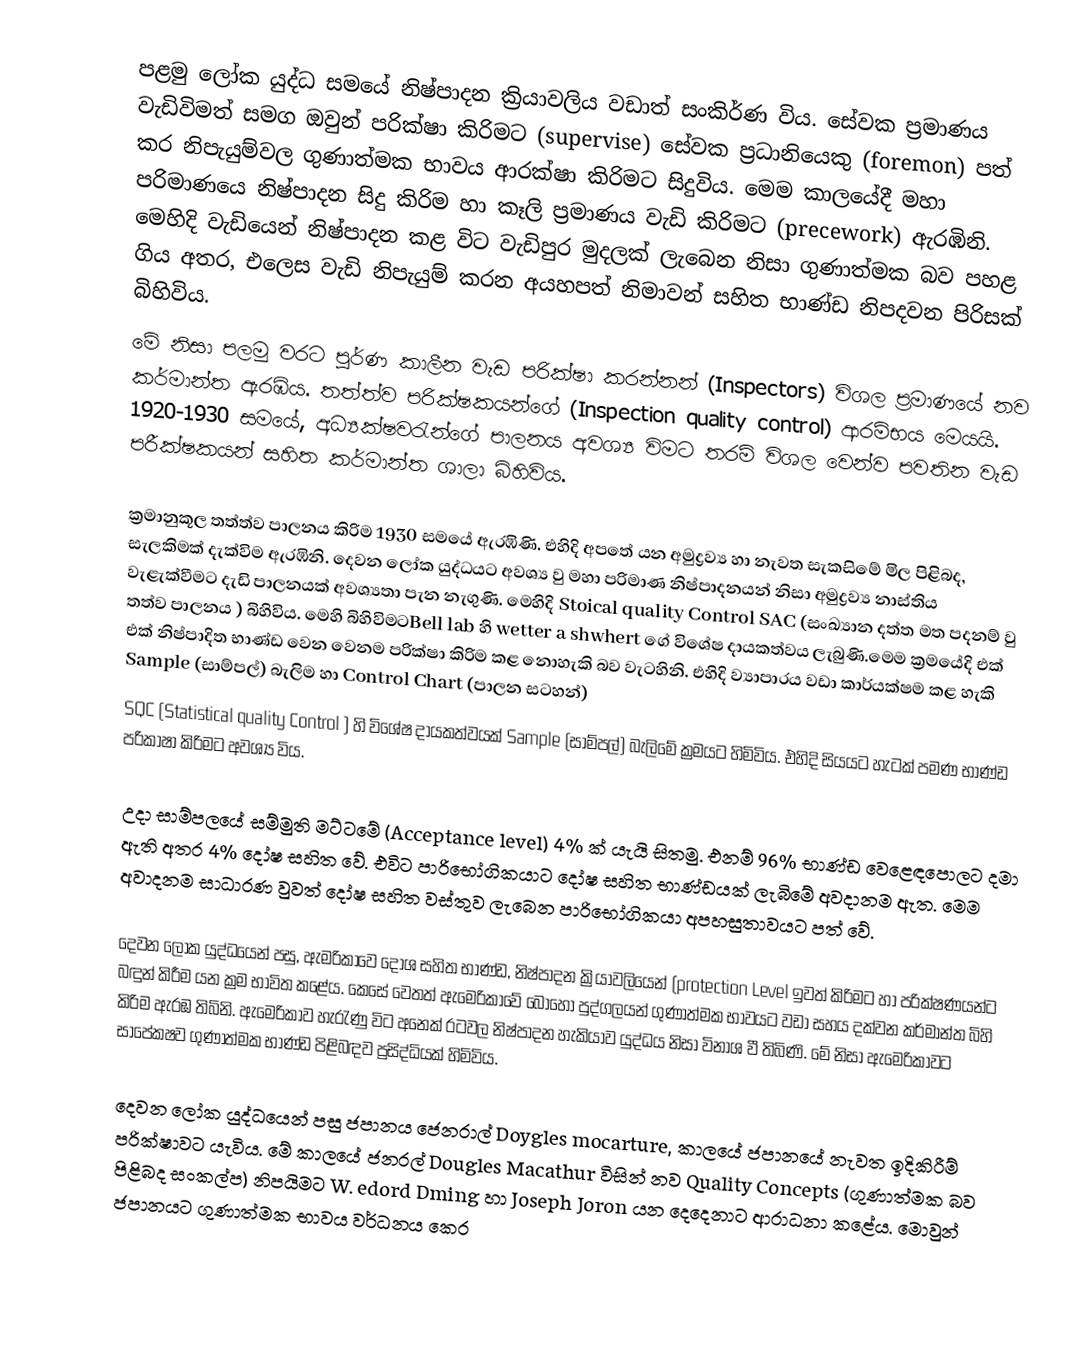
පළමු ලෝක යුද්ධ සමයේ නිෂ්පාදන ක්‍රියාවලිය වඩාත් සංකිර්ණ විය. සේවක ප්‍රමාණය වැඩිවිමත් සමග ඔවුන් පරික්ෂා කිරිමට (supervise) සේවක ප්‍රධානියෙකු (foremon) පත් කර නිපැයුම්වල ගුණාත්මක භාවය ආරක්ෂා කිරිමට සිදුවිය. මෙම කාලයේදී මහා පරිමාණයෙ නිෂ්පාදන සිදු කිරිම හා කෑලි ප්‍රමාණය වැඩි කිරිමට (precework) ඇරඹිනි. මෙහිදි වැඩියෙන් නිෂ්පාදන කළ විට වැඩිපුර මුදලක් ලැබෙන නිසා ගුණාත්මක බව පහළ ගිය අතර, එලෙස වැඩි නිපැයුම් කරන අයහපත් නිමාවන් සහිත භාණ්ඩ නිපදවන පිරිසක් බිහිවිය.
මේ නිසා පලමු වරට පුර්ණ කාලීන වැඩ පරික්ෂා කරන්නන් (Inspectors) විශල ප්‍රමාණයේ නව කර්මාන්ත ඇරඹිය. තත්ත්ව පරික්ෂකයන්ගේ (Inspection quality control) ආරම්භය මෙයයි. 1920-1930 සමයේ, අධ්‍යක්ෂවරැන්ගේ පාලනය අවශ්‍ය විමට තරම් විශල වෙන්ව පවතින වැඩ පරීක්ෂකයන් සහිත කර්මාන්ත ශාලා බිහිවිය.

ක්‍රමානුකූල තත්ත්ව පාලනය කිරිම 1930 සමයේ ඇරඹිණි. එහිදි අපතේ යන අමුද්‍රව්‍ය හා නැවත සැකසිමේ මිල පිළිබද, සැලකිමක් දැක්විම ඇරඹිනි. දෙවන ලෝක යුද්ධයට අවශ්‍ය වු මහා පරිමාණ නිෂ්පාදනයන් නිසා අමුද්‍රව්‍ය නාස්තිය වැළැක්වීමට දැඩි පාලනයක් අවශ්‍යතා පැන නැගුණි. මෙහිදි Stoical quality Control SAC (සංඛ්‍යාන දත්ත මත පදනම් වු තත්ව පාලනය ) බිහිවිය. මෙහි බිහිවිමටBell lab හි wetter a shwhert ගේ විශේෂ දායකත්වය ලැබුණි.මෙම ක්‍රමයේදි එක් එක් නිෂ්පාදිත භාණ්ඩ වෙන වෙනම පරික්ෂා කිරිම කළ නොහැකි බව වැටහිනි. එහිදි ව්‍යාපාරය වඩා කාර්යක්ෂම කළ හැකි  Sample (සාම්පල්) බැලිම හා  Control Chart  (පාලන සටහන්)
SQC (Statistical quality Control ) හි විශේෂ  දායකත්වයක් Sample (සාම්පල්) බැලිමේ ක්‍රමයට හිමිවිය. එහිදි සියයට හැටක් පමණ භාණ්ඩ පරිකාෂා කිරිමට අවශ්‍ය විය.

උදා සාම්පලයේ සම්මුති මට්ටමේ (Acceptance level) 4% ක් යැයි සිතමු. එනම් 96% භාණ්ඩ වෙළෙඳපොලට දමා ඇති අතර 4% දෝෂ සහිත වේ. එවිට පාරිභෝගිකයාට දෝෂ සහිත භාණ්ඩයක් ලැබිමේ අවදානම ඇත. මෙම අවාදනම සාධාරණ වුවත් දෝෂ සහිත වස්තුව ලැබෙන පාරිභෝගිකයා අපහසුතාවයට පත් වේ.

දෙවන ලෝක යුද්ධයෙන් පසු, ඇමරිකාවෙ දෝශ සහිත භාණ්ඩ, නිෂ්පාදන ක්‍රියාවලියෙන් (protection Level ඉවත් කිරිමට හා පරික්ෂණයන්ට බඳුන් කිරීම යන ක්‍රම භාවිත කළේය. කෙසේ වෙතත් ඇමෙරිකාවේ බොහෝ පුද්ගලයන් ගුණාත්මක භාවයට වඩා සහය දක්වන කර්මාන්ත බිහි කිරිම ඇරඹ තිබිනි. ඇමෙරිකාව හැරැණු විට අනෙක් රටවල නිෂ්පාදන හැකියාව යුද්ධය නිසා විනාශ වී තිබිණි. මේ නිසා ඇමෙරිකාවට සාපේකෂව ගුණාත්මක භාණ්ඩ පිළිබඳව ප්‍රසිද්ධියක් හිමිවිය.

දෙවන ලෝක යුද්ධයෙන් පසු ජපානය ජෙනරාල් Doygles mocarture, කාලයේ ජපානයේ නැවත ඉදිකිරීම් පරික්ෂාවට යැවිය. මේ කාලයේ ජනරල්  Dougles Macathur විසින් නව  Quality Concepts (ගුණාත්මක බව පිළිබද සංකල්ප) නිපයිමට  W. edord Dming හා Joseph Joron  යන දෙදෙනාට ආරාධනා කළේය. මොවුන් ජපානයට ගුණාත්මක භාවය වර්ධනය කෙර